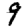
Digit: 9